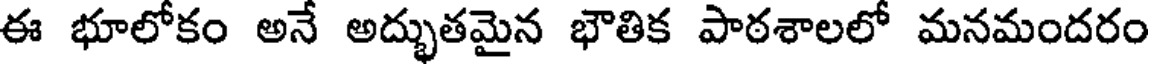
ఈ భూలోకం అనే అద్భుతమైన భౌతిక పాఠశాలలో మనమందరం